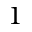
1